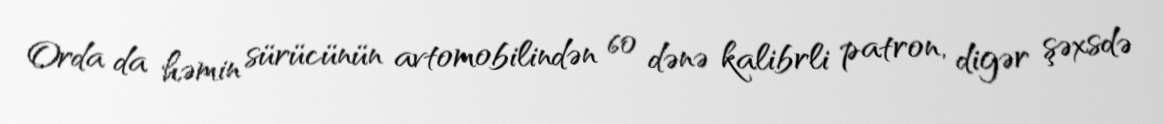
Orda da həmin sürücünün avtomobilindən 60 dənə kalibrli patron, digər şəxsdə